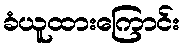
ခံယူထားကြောင်း